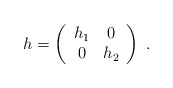
\begin{align*}h = \left( \begin{array}{cc} h_1 & 0 \\ 0 & h_2 \end{array} \right) \; .\end{align*}